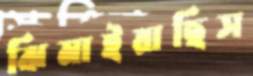
ঝিমাইয়াছিস